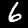
Digit: 6